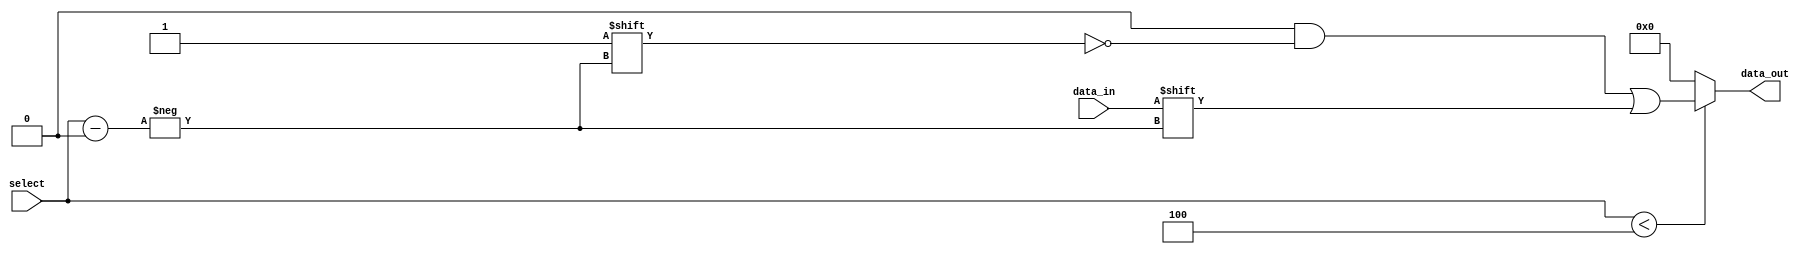
module ParameterizedDemux #(
    parameter N = 4  // Default number of output lines is 4
) (
    input wire data_in,               // Input data signal
    input wire [clog2(N)-1:0] select, // Select signal to choose output line
    output reg [N-1:0] data_out       // Output data lines
);

// Function to calculate the logarithm base 2
function integer clog2;
    input integer value;
    begin
        value = value - 1;
        for (clog2 = 0; value > 0; clog2 = clog2 + 1)
            value = value >> 1;
    end
endfunction

// Always block to implement demux functionality
always @(*) begin
    // Default all outputs to low
    data_out = {N{1'b0}};

    // Check for valid select range and assign data_in to corresponding output
    if (select < N) begin
        data_out[select] = data_in;  // Route data_in to selected output
    end
end

endmodule